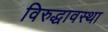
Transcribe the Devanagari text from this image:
विरुद्धावस्था